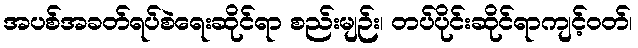
အပစ်အခတ်ရပ်စဲရေးဆိုင်ရာ စည်းမျဉ်း၊ တပ်ပိုင်းဆိုင်ရာကျင့်ဝတ်၊